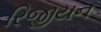
રિજીયન